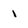
Character: 1